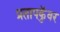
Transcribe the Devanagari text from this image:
प्रतापकुॅवर